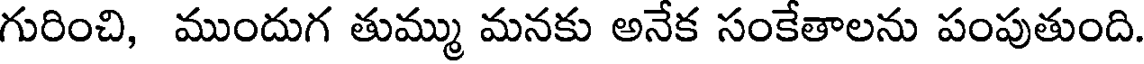
గురించి, ముందుగ తుమ్ము మనకు అనేక సంకేతాలను పంపుతుంది